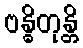
ဗန္ဓိတုန္တိ